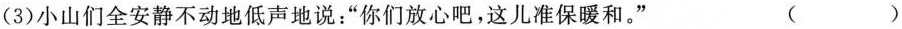
(3) 小山们全安静不动地低声地说：“你们放心吧，这儿准保暖和。” ( )